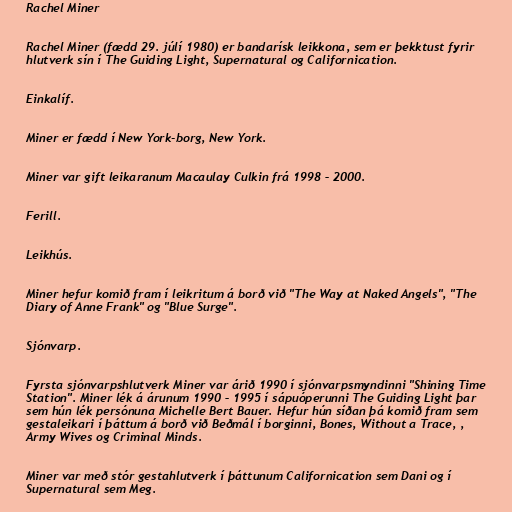
Rachel Miner

Rachel Miner (fædd 29. júlí 1980) er bandarísk leikkona, sem er þekktust fyrir
hlutverk sín í The Guiding Light, Supernatural og Californication.

Einkalíf.

Miner er fædd í New York-borg, New York.

Miner var gift leikaranum Macaulay Culkin frá 1998 – 2000.

Ferill.

Leikhús.

Miner hefur komið fram í leikritum á borð við "The Way at Naked Angels", "The
Diary of Anne Frank" og "Blue Surge".

Sjónvarp.

Fyrsta sjónvarpshlutverk Miner var árið 1990 í sjónvarpsmyndinni "Shining Time
Station". Miner lék á árunum 1990 – 1995 í sápuóperunni The Guiding Light þar
sem hún lék persónuna Michelle Bert Bauer. Hefur hún síðan þá komið fram sem
gestaleikari í þáttum á borð við Beðmál í borginni, Bones, Without a Trace, ,
Army Wives og Criminal Minds.

Miner var með stór gestahlutverk í þáttunum Californication sem Dani og í
Supernatural sem Meg.